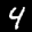
Label: 4